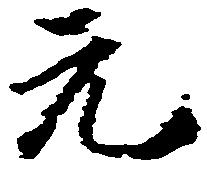
元